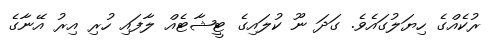
ރުކެއްގެ ހިޔަލުގައެވެ. ގަދަ ނޫ ކުލައިގެ ޓީޝާޓެއް ލާފައި ހުރި އިރު އޭނާގެ